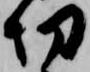
切